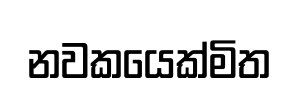
නවකයෙක්මිත